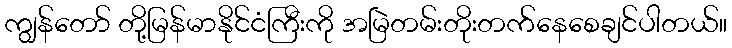
ကျွန်တော် တို့မြန်မာနိုင်ငံကြီးကို အမြဲတမ်းတိုးတက်နေစေချင်ပါတယ်။